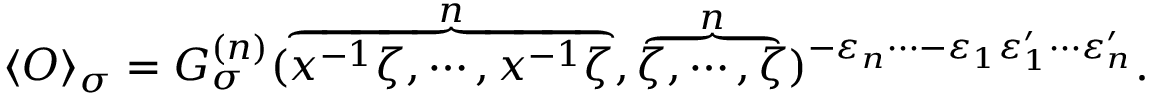
\langle { \cal O } \rangle _ { \sigma } = G _ { \sigma } ^ { ( n ) } ( \overbrace { x ^ { - 1 } \zeta , \cdots , x ^ { - 1 } \zeta } ^ { n } , \overbrace { \zeta , \cdots , \zeta } ^ { n } ) ^ { - \varepsilon _ { n } \cdots - \varepsilon _ { 1 } \varepsilon _ { 1 } ^ { \prime } \cdots \varepsilon _ { n } ^ { \prime } } .